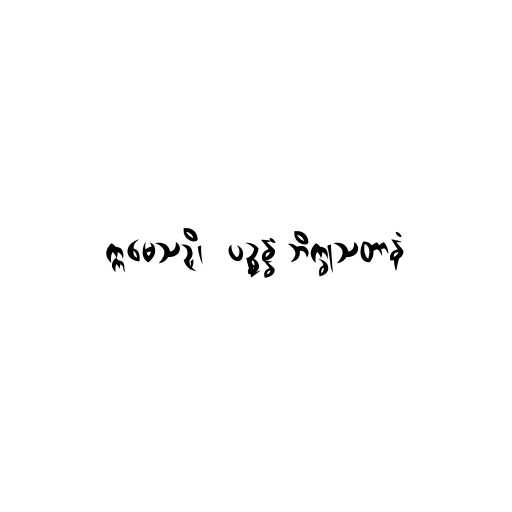
ဣမေသဉှိ၊  ပဉ္စန္နံ ဘိက္ခုသတာနံ